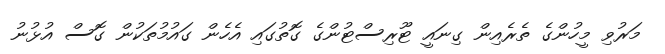
މަރުވި މީހުންގެ ތެރެއިން ގިނައީ ޓޫރިސްޓުންގެ ގޮތުގައި އެހެން ގައުމުތަކުން ގޮސް އުޅުނު